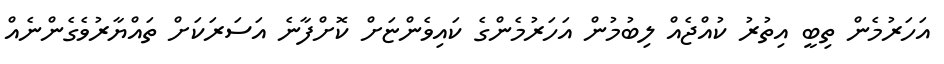
އަހަރުމެން ތިބީ އިތުރު ކުއްޖެއް ލިބުމުން އަހަރުމެންގެ ކައިވެންޏަށް ކޮށްފާނެ އަސަރަކަށް ތައްޔާރުވެގެންނެއް